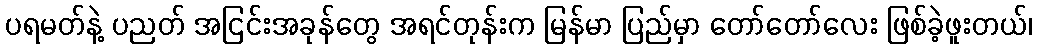
ပရမတ်နဲ့ ပညတ် အငြင်းအခုန်တွေ အရင်တုန်းက မြန်မာ ပြည်မှာ တော်တော်လေး ဖြစ်ခဲ့ဖူးတယ်၊